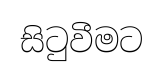
සිටුවීමට